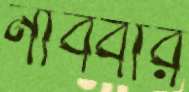
নাববার